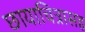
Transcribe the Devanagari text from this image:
छायाचित्रासह